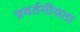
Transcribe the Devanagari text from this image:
प्रवर्तनीयता